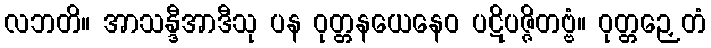
လဘတိ။ အာသန္ဒီအာဒီသု ပန ဝုတ္တနယေနေဝ ပဋိပဇ္ဇိတဗ္ဗံ။ ဝုတ္တဉှေတံ